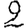
Digit: 2